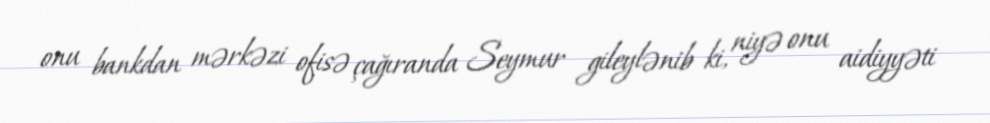
onu bankdan mərkəzi ofisə çağıranda Seymur gileylənib ki, niyə onu aidiyyəti